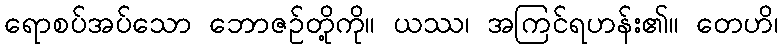
ရောစပ်အပ်သော ဘောဇဉ်တို့ကို။ ယဿ၊ အကြင်ရဟန်း၏။ တေဟိ၊